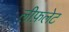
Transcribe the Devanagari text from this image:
लीफ़लेट